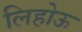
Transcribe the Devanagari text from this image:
लिहोऊ